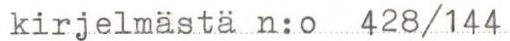
kirjelmästä n:o 428/144